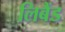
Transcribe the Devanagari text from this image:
लिबैंड